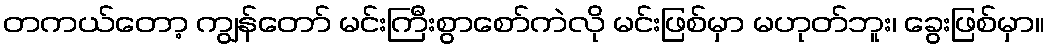
တကယ်တော့ ကျွန်တော် မင်းကြီးစွာစော်ကဲလို မင်းဖြစ်မှာ မဟုတ်ဘူး၊ ခွေးဖြစ်မှာ။